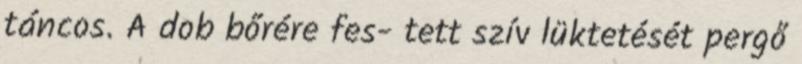
táncos. A dob bőrére fes- tett szív lüktetését pergő